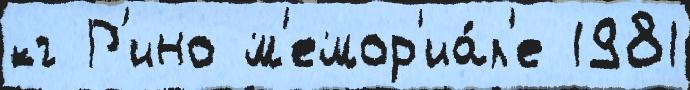
кг Р'ино м'емор'иа́л'е 1981